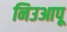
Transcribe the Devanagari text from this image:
निउआपू